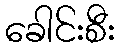
ခေါင်းစီး